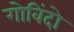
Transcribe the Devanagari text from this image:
गोविंदो